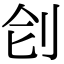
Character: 𠛛